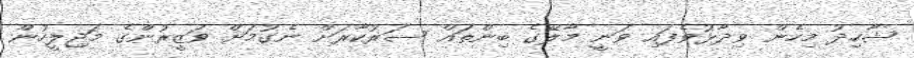
ޝާހިދު މިހެން ވިދާޅުވެފައި ވަނީ މާލޭގެ ބިންތައް ސަރުކާރަށް ނެގުމަށް ވަޒީރުންގެ މަޖިލީހުން